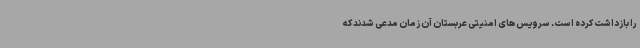
را بازداشت کرده است. سرویس‌های امنیتی عربستان آن زمان مدعی شدند که